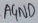
Text: AGND